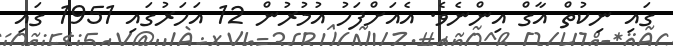
ގައި ނިކުތް އާގް އިންނެވެ. އެއަށްފަހު އުމުރުން 12 އަހަރުގައި 1951 ގައި